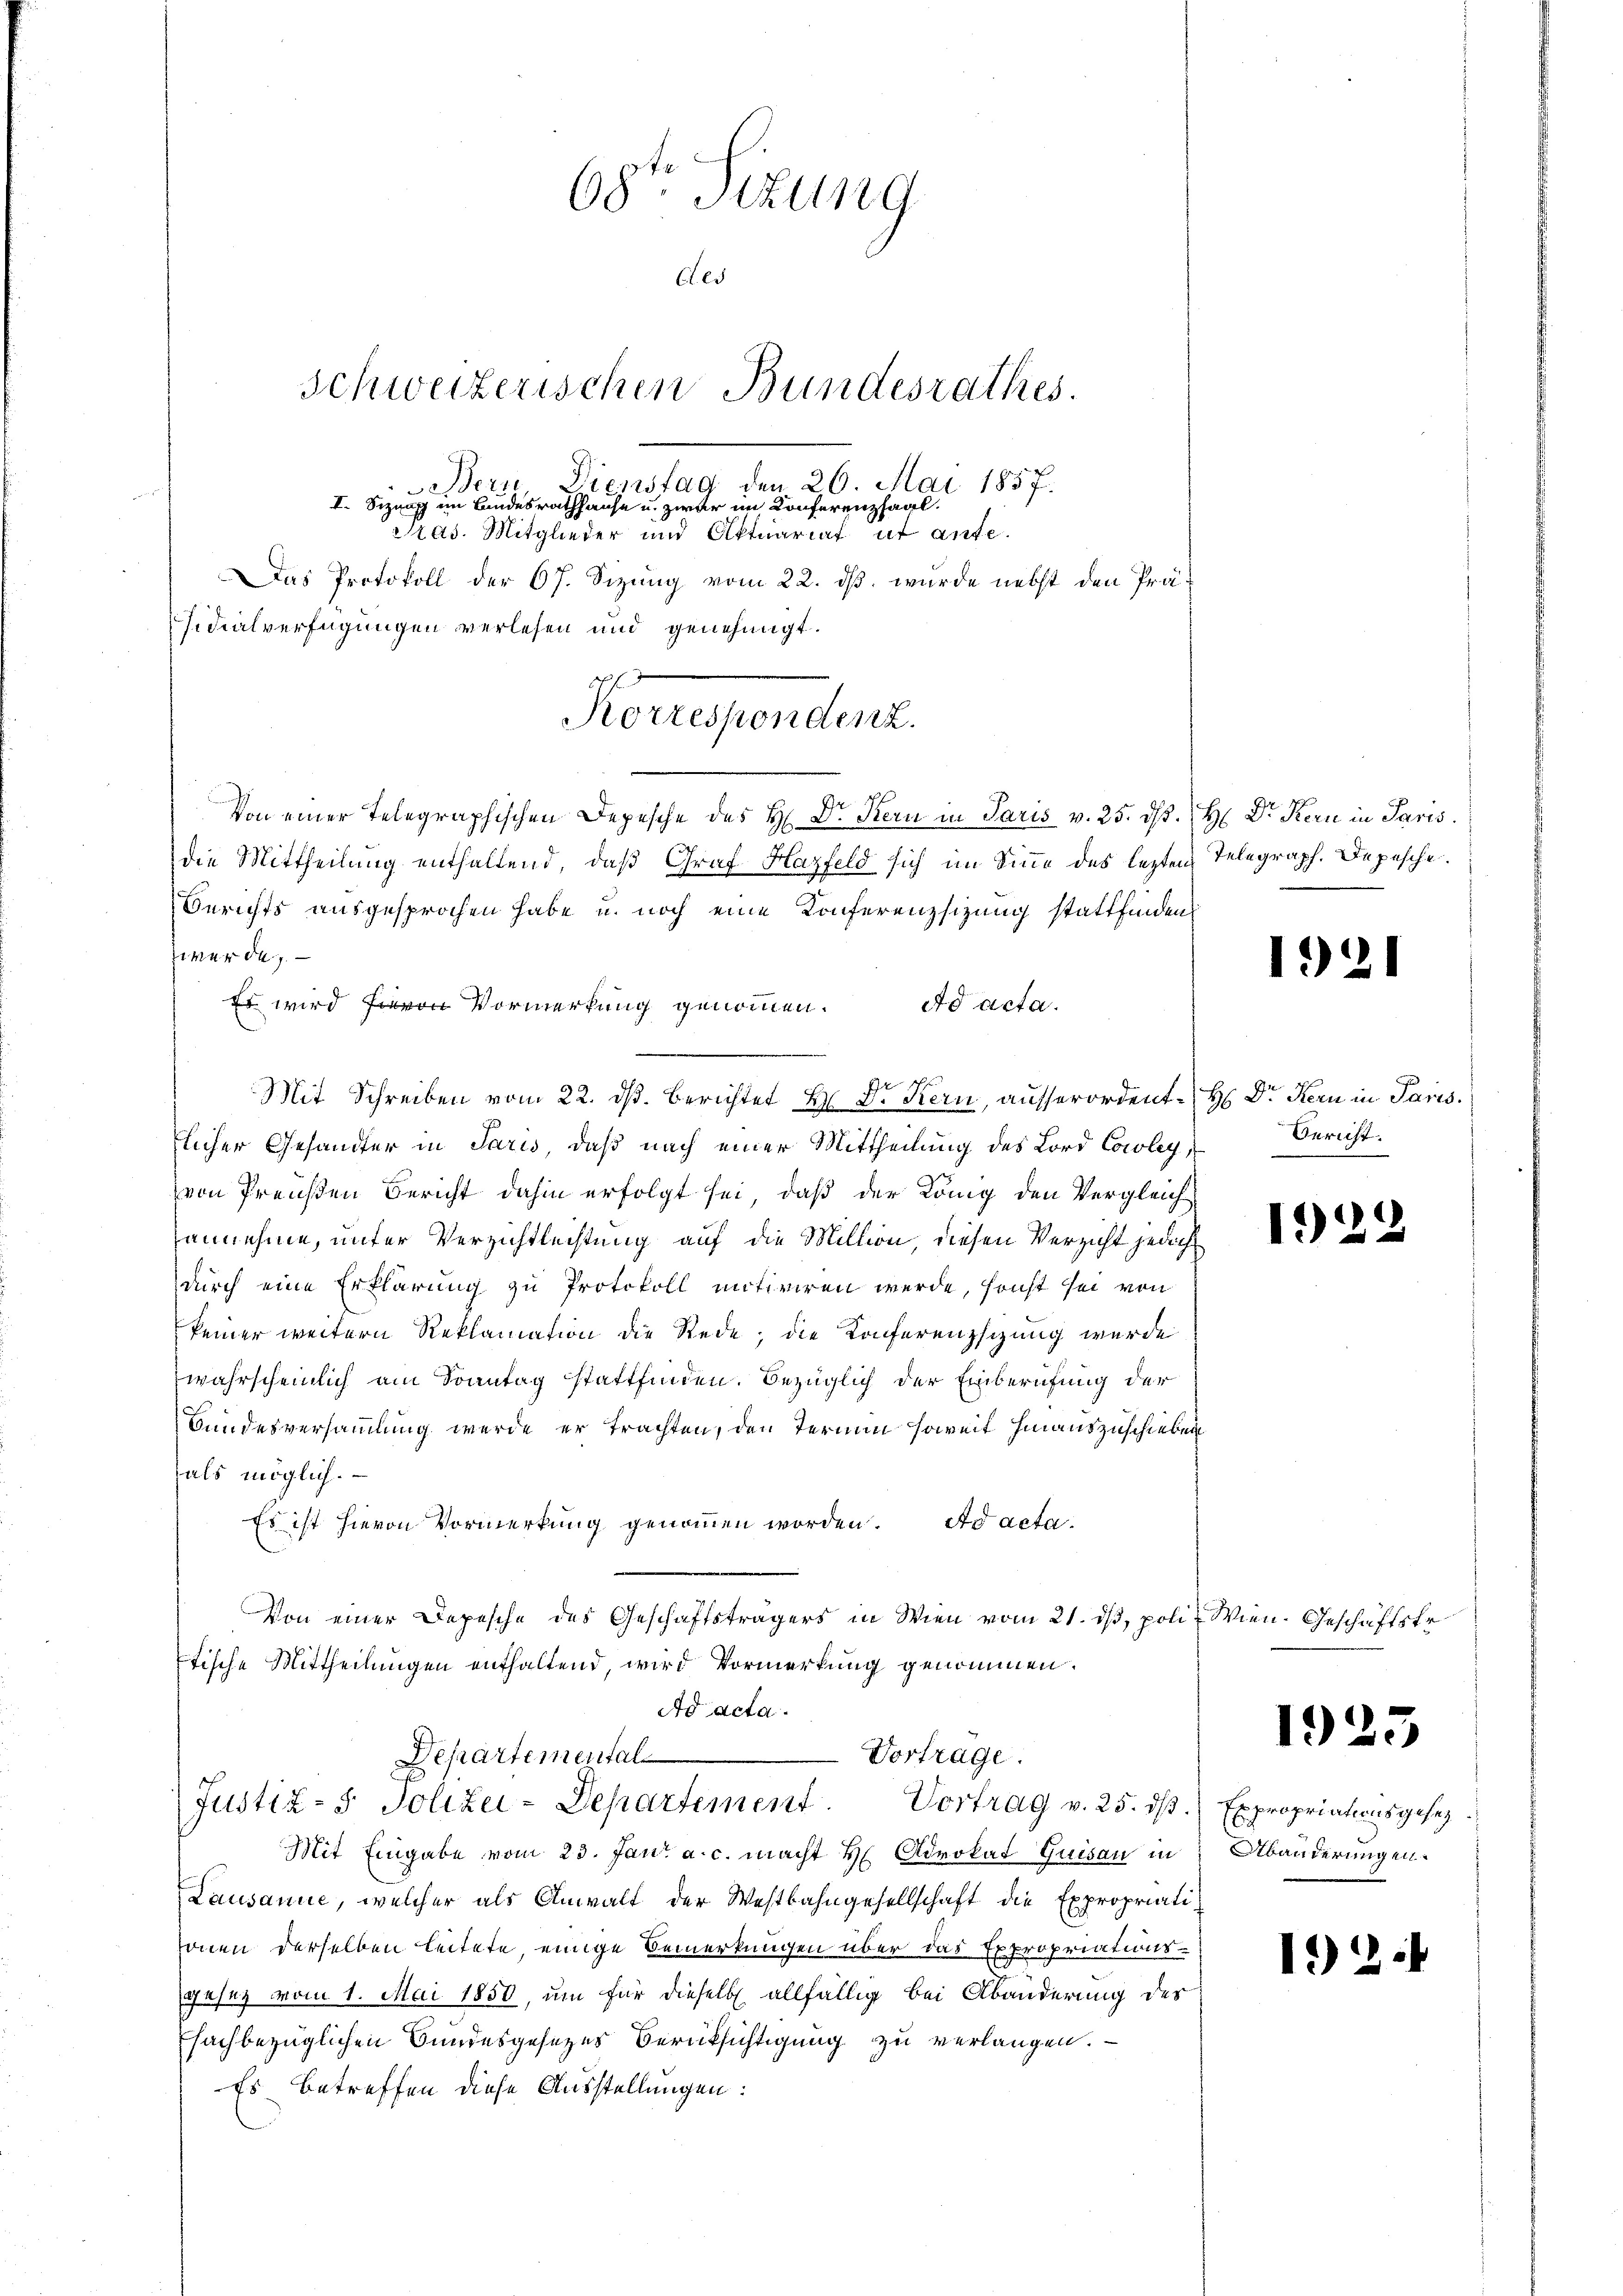
68ten Sitzung
Ces
Schweizerischen Bundesrathes.
Bersi
Dienstag den 26. Mai 1857.
I. Sizung im Landesrathhause u. zwar im Conferenzsaal.
Pras. Mitglieder und Aktuariat ut ante.
Das Protokoll der 67. Sizung vom 22. ds. wurde nebst den Präsidialverfügungen verlesen und genehmigt.
Korlesendens
Von einer Telegraphischen Depesche des H. Dr Kern in Paris v. 25. dß. H. Dr. Kern in Paris.
die Mittheilung enthaltend, daß Graf Harfeld sich im Sinne des lezten Telegraph. Depesche
Berichts ausgesprochen habe u. noch eine Konferenzsizung stattfinden,

werde,
Es wird von Vormerkung genommen. ad acta.
Mit Schreiben vom 22. dß. Berichtet Hr. Dr. Kern, ausserordent H. Dr Kern in Paris.
flicher Gesandter in Paris, daß nach einer Mittheilung des Lord Cowley,
von Preußen Bericht dahin erfolgt sei, daß der König den Vergleich
annehme, unter Verzichtlechtung auf die Million, diesen Verzicht jedoch
durch eine Erklärung zu Protokoll mitiviren werde, sonst sei von
keiner weitern Reklamation die Rede; die Konferenzschung wurde
wahrscheinlich am Sonntag stattfinden. Bezüglich der Einberufung der
Bundesversammlung werde er trachten, den Termin soweit hinauszuschieben
als möglich.
Es ist hievon Vormerkung genommen worden. Ad acta
Von einer Depesche des Geschäftsträgers in Wien vom 21. ds, poli- Wien. Geschäftstr.
Etische Mittheilungen enthaltend, wird Vormerkung genommen.
Ad acta.

Vortrage.
Dehartemental
Justiz- & Polizei-Departement

Mit Eingabe vom 23. Jan. a. c. macht H Advokat Quisau in
Lausanne, welcher als Anwalt der Westbahngesellschaft die Expropriati
sonen derselben leitete, einige Bemerkungen über das Expropriationsgesez vom 1. Mai 1850, um für dieselbe allfällig bei Abänderung des
sachbezüglichen Bundesgesezes Berüksichtigung zu verlangen.
Es betreffen diese Ausstellungen:

Vortrag v. 25. dß.) Expropriationsgesez

1921

Bericht.

1929

1.)

Abänderungen.

12

5